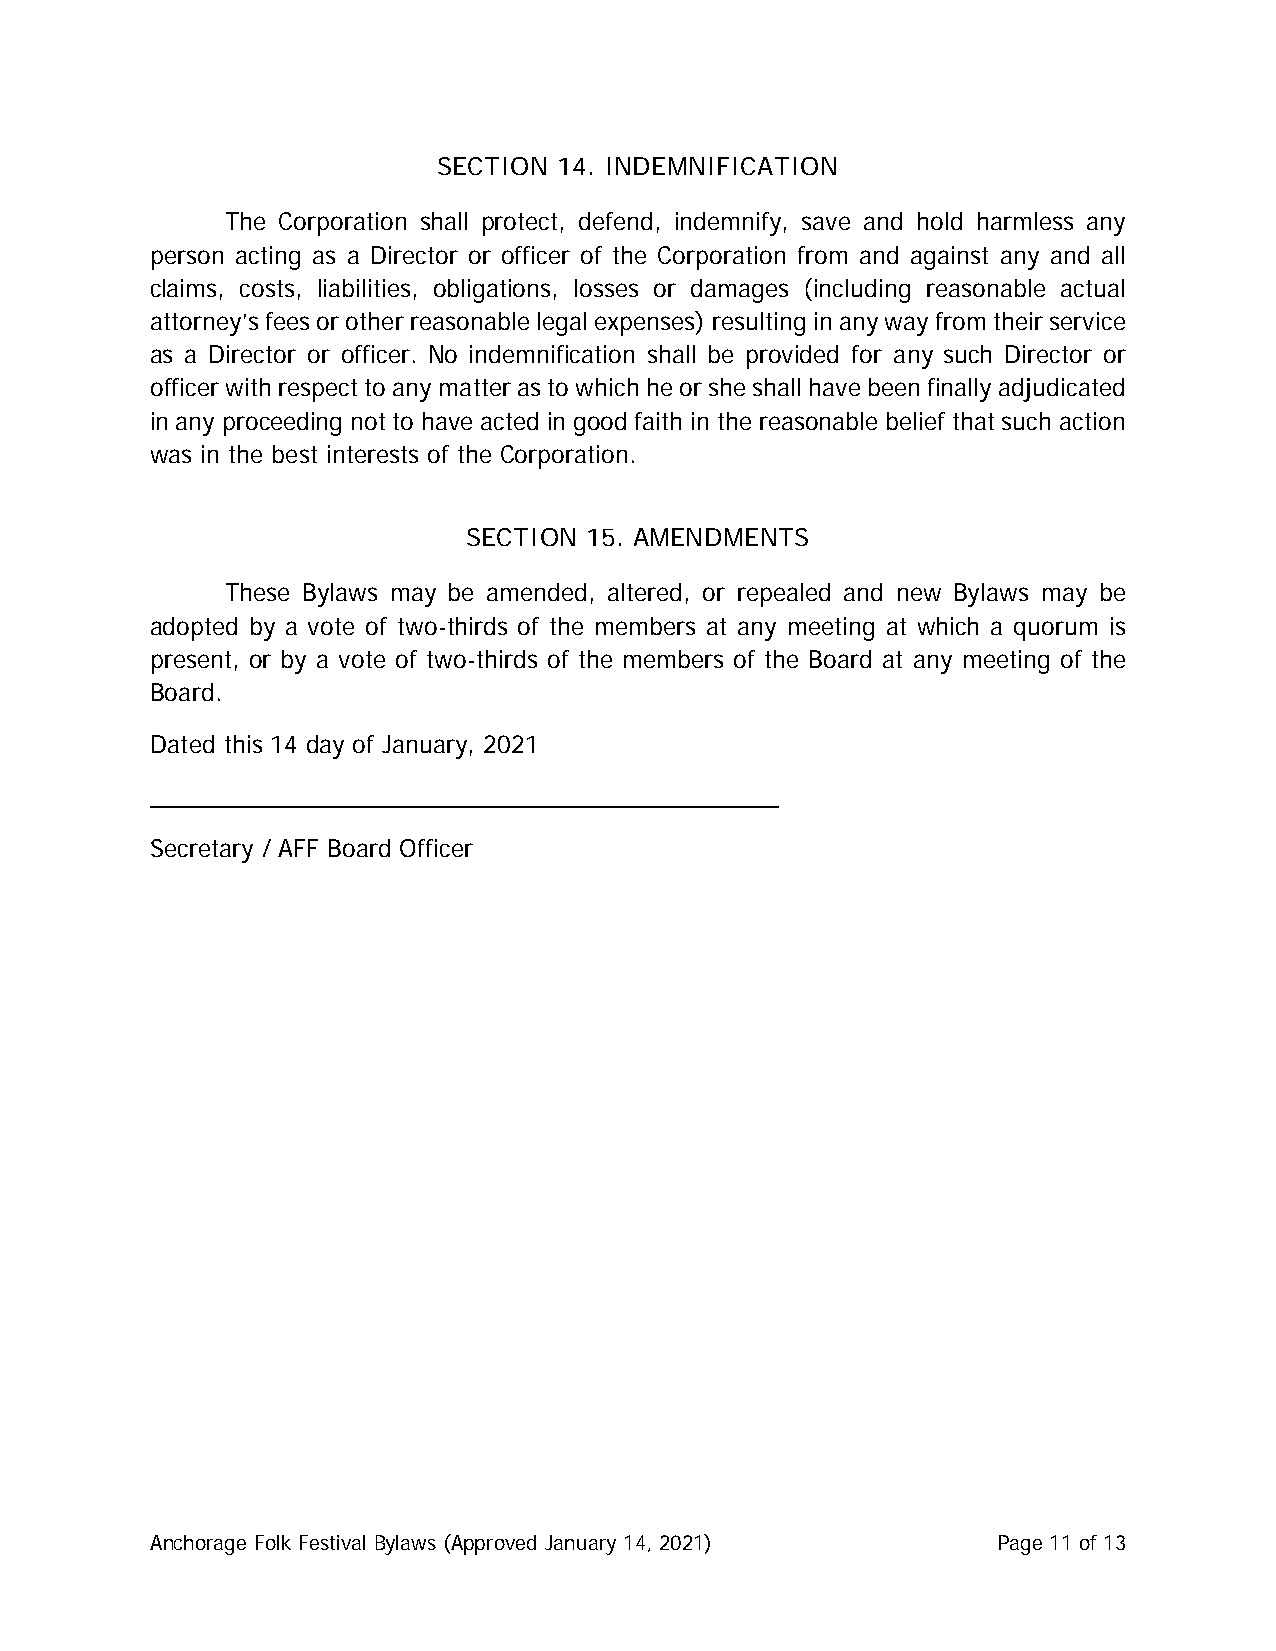
SECTION 14. INDEMNIFICATION
 The Corporation shall protect, defend, indemnify, save and hold harmless any
 person acting as a Director or officer of the Corporation from and against any and all
 claims, costs, liabilities, obligations, losses or damages (including reasonable actual
 attorney’s fees or other reasonable legal expenses) resulting in any way from their service
 as a Director or officer. No indemnification shall be provided for any such Director or
 officer with respect to any matter as to which he or she shall have been finally adjudicated
 in any proceeding not to have acted in good faith in the reasonable belief that such action
 was in the best interests of the Corporation.
 SECTION 15. AMENDMENTS
 These Bylaws may be amended, altered, or repealed and new Bylaws may be
 adopted by a vote of two-thirds of the members at any meeting at which a quorum is
 present, or by a vote of two-thirds of the members of the Board at any meeting of the
 Board.
 Dated this 14 day of January, 2021
 ______________________________________________
 Secretary / AFF Board Officer
 Anchorage Folk Festival Bylaws (Approved January 14, 2021) Page 11 of 13